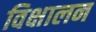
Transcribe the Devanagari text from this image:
विक्षालन